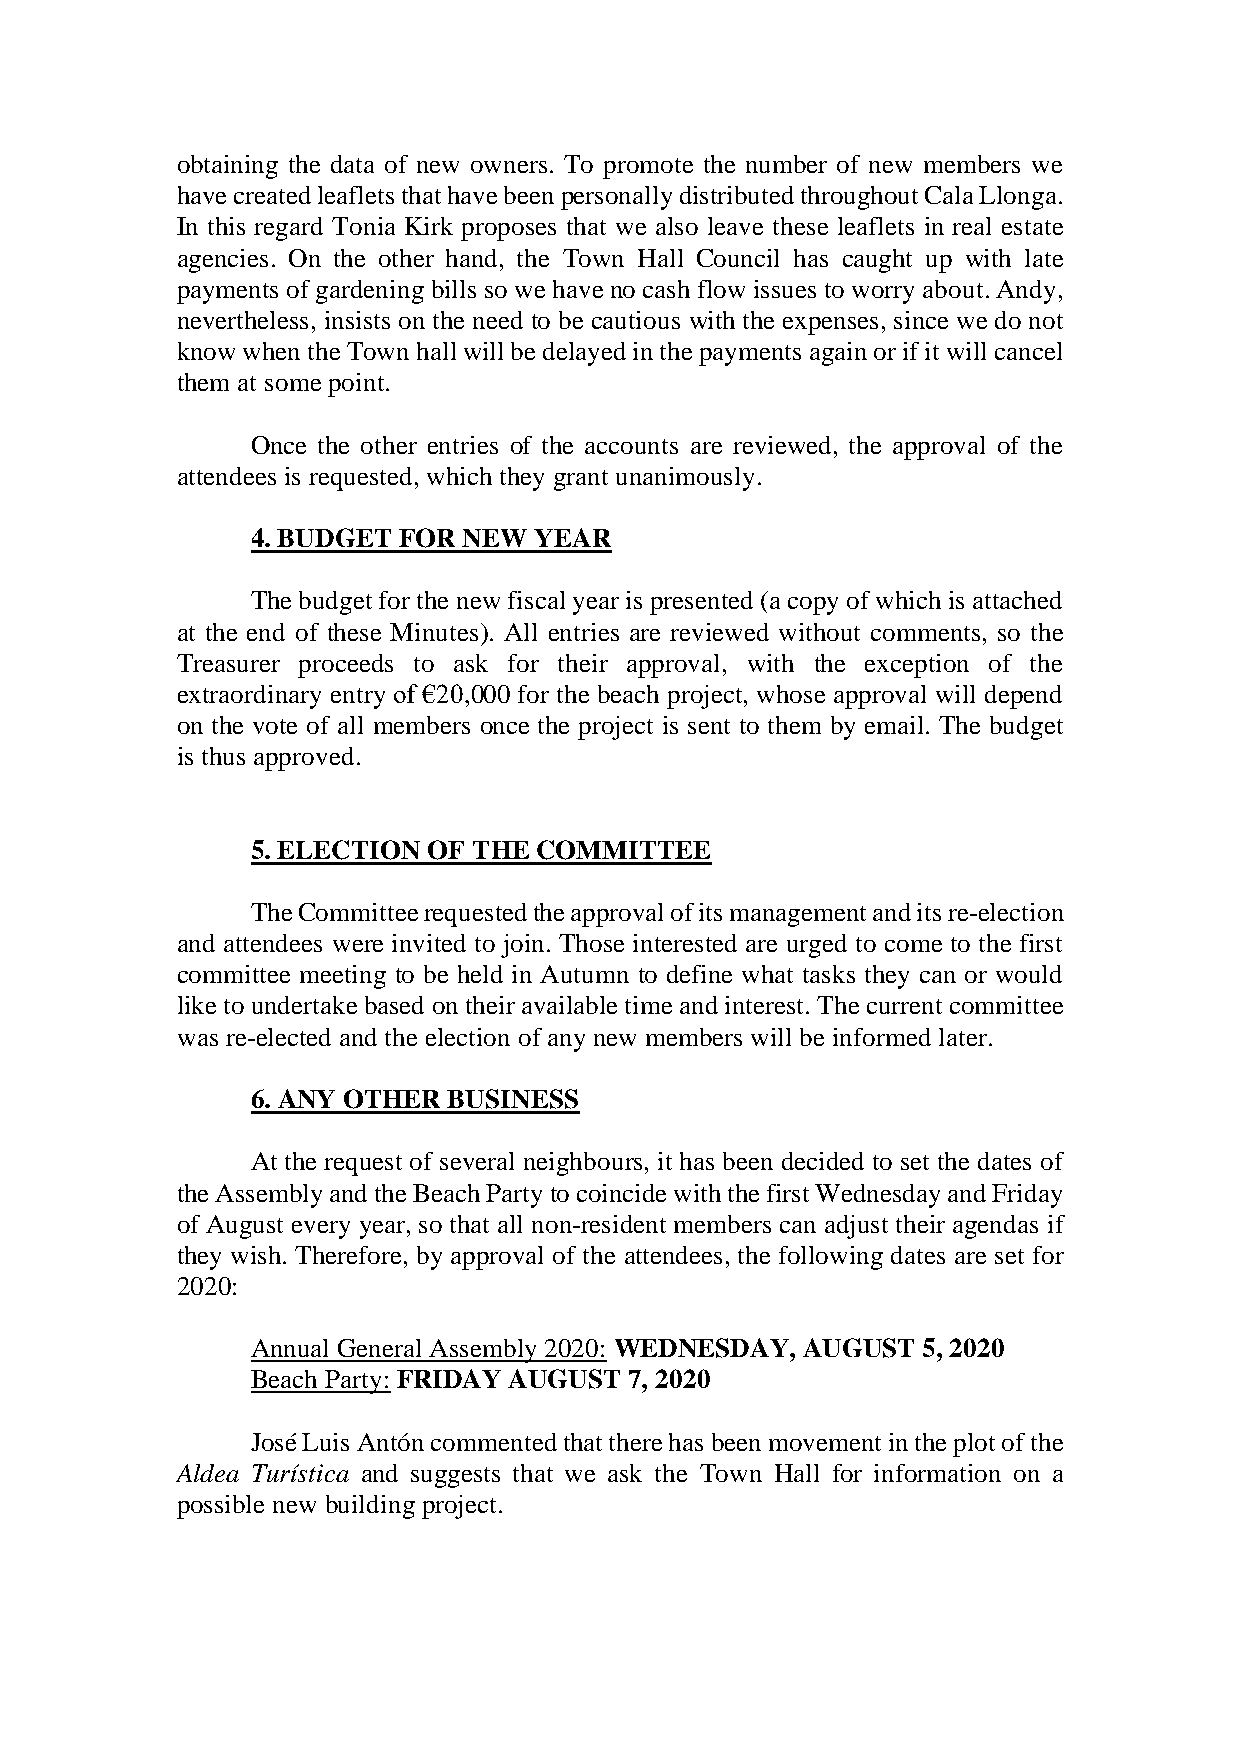
obtaining the data of new owners. To promote the number of new members we
 have created leaflets that have been personally distributed throughout Cala Llonga.
 In this regard Tonia Kirk proposes that we also leave these leaflets in real estate
 agencies. On the other hand, the Town Hall Council has caught up with late
 payments of gardening bills so we have no cash flow issues to worry about. Andy,
 nevertheless, insists on the need to be cautious with the expenses, since we do not
 know when the Town hall will be delayed in the payments again or if it will cancel
 them at some point.
 Once the other entries of the accounts are reviewed, the approval of the
 attendees is requested, which they grant unanimously.
 4. BUDGET FOR NEW YEAR
 The budget for the new fiscal year is presented (a copy of which is attached
 at the end of these Minutes). All entries are reviewed without comments, so the
 Treasurer proceeds to ask for their approval, with the exception of the
 extraordinary entry of €20,000 for the beach project, whose approval will depend
 on the vote of all members once the project is sent to them by email. The budget
 is thus approved.
 5. ELECTION OF THE COMMITTEE
 The Committee requested the approval of its management and its re-election
 and attendees were invited to join. Those interested are urged to come to the first
 committee meeting to be held in Autumn to define what tasks they can or would
 like to undertake based on their available time and interest. The current committee
 was re-elected and the election of any new members will be informed later.
 6. ANY OTHER BUSINESS
 At the request of several neighbours, it has been decided to set the dates of
 the Assembly and the Beach Party to coincide with the first Wednesday and Friday
 of August every year, so that all non-resident members can adjust their agendas if
 they wish. Therefore, by approval of the attendees, the following dates are set for
 2020:
 Annual General Assembly 2020: WEDNESDAY, AUGUST 5, 2020
 Beach Party: FRIDAY AUGUST 7, 2020
 José Luis Antón commented that there has been movement in the plot of the
 Aldea Turística and suggests that we ask the Town Hall for information on a
 possible new building project.